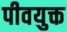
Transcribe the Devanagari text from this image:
पीवयुक्त